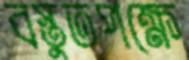
বস্তুতপক্ষে